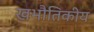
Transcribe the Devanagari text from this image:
खभौतिकीय